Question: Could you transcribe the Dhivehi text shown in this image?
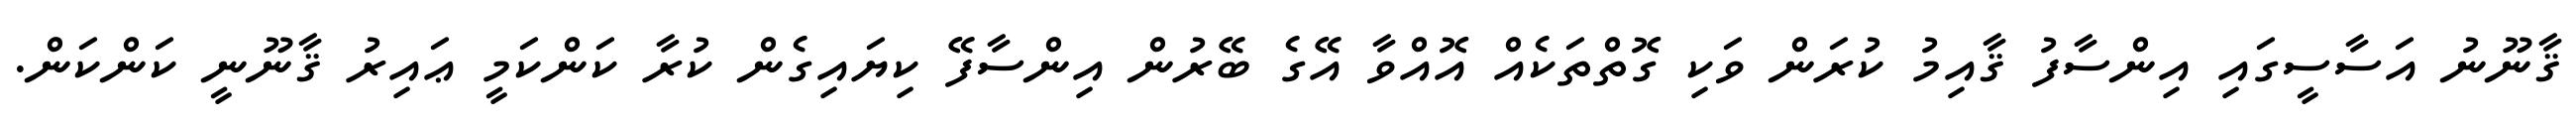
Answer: ޤާނޫނު އަސާސީގައި އިންސާފު ޤާއިމު ކުރަން ވަކި ގޮތްތަކެއް އޮއްވާ އޭގެ ބޭރުން އިންސާފޭ ކިޔައިގެން ކުރާ ކަންކަމީ ޢައިރު ޤާނޫނީ ކަންކަން.